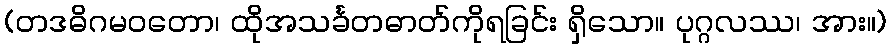
(တဒဓိဂမဝတော၊ ထိုအသင်္ခတဓာတ်ကိုရခြင်း ရှိသော။ ပုဂ္ဂလဿ၊ အား။)